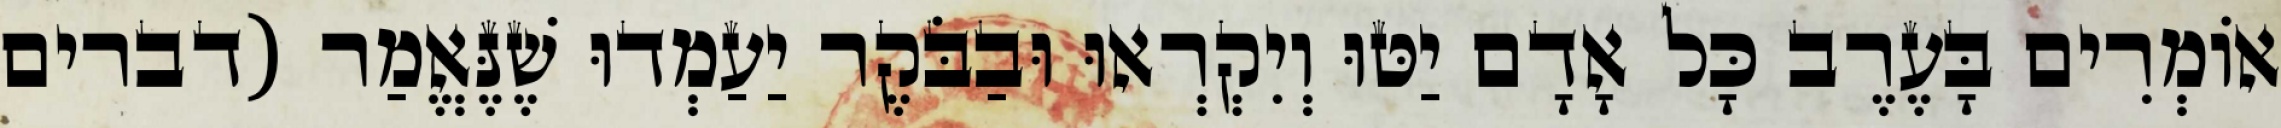
אוֹמְרִים בָּעֶרֶב כָּל אָדָם יַטּוּ וְיִקְרְאוּ וּבַבֹּקֶר יַעַמְדוּ שֶׁנֶּאֱמַר (דברים